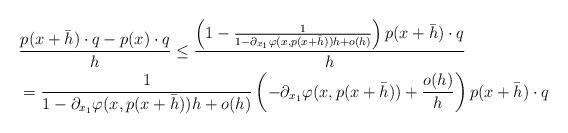
\begin{align*}&\frac{p(x+\bar{h})\cdot q - p(x)\cdot q}{h}\le\frac{\left(1-\frac{1}{1-\partial_{x_{1}}\varphi(x,p(x+\bar{h}))h+o(h)}\right)p(x+\bar{h})\cdot q}{h}\\& = \frac{1}{1-\partial_{x_{1}}\varphi(x,p(x+\bar{h}))h+o(h)} \left(-\partial_{x_{1}}\varphi(x,p(x+\bar{h}))+\frac{o(h)}{h}\right) p(x+\bar{h})\cdot q \end{align*}